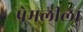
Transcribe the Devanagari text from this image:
प्रेमलीला